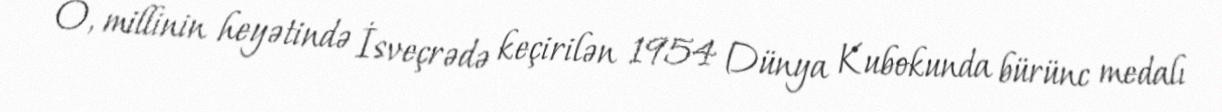
O, millinin heyətində İsveçrədə keçirilən 1954 Dünya Kubokunda bürünc medalı